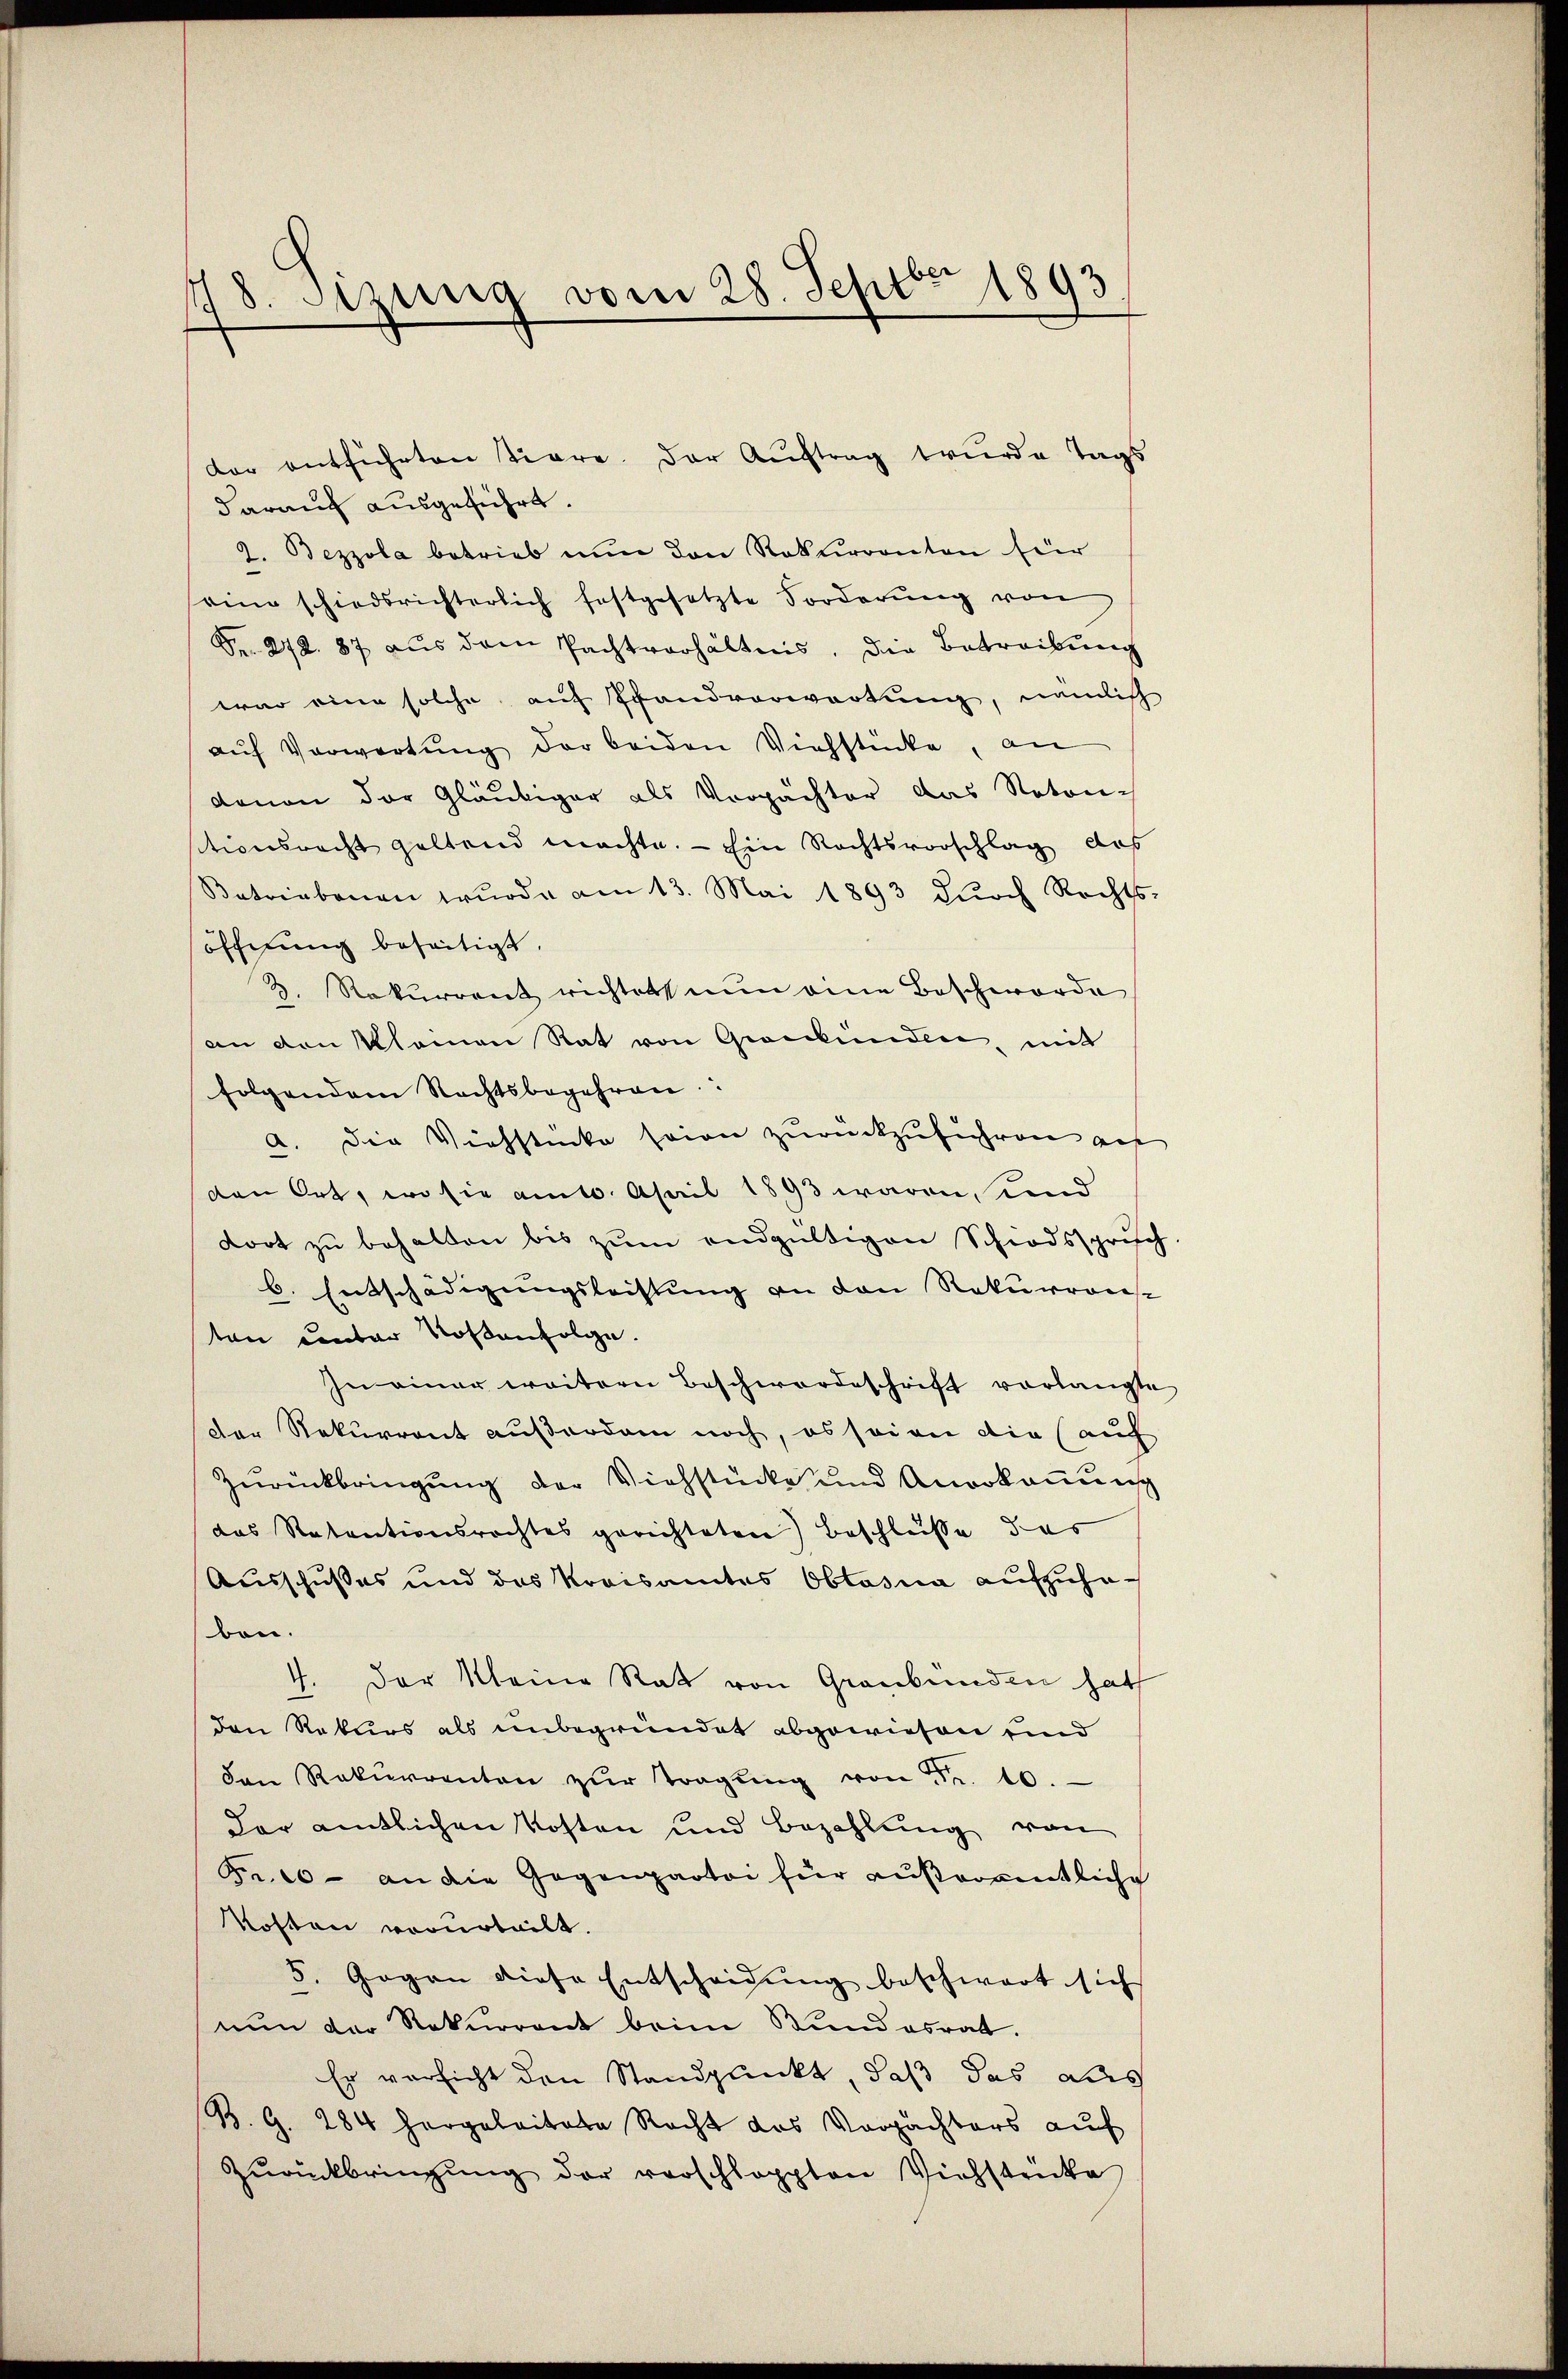
178. Sizung vom 28. Septbr 1893

darauf ausgeführt.
2. Bezzola betrieb nun den Rekurrenten für
seine schiedsrichterlich festgesetzte Forderŭng von
Fr. 272. 87 aus dem Pachtverhältnis. Die Betreibung
war eine solche auf Pfandvorwartung, nämlich
aŭf Vorwortŭng der beiden Viehstücke, an
davon der Gläubiger als Verpächter das Noton-
sitionsrecht geltend machte. — Ein Rechtsvorschlag, das
Batriebenen wŭrde am 13. Mai 1893 dŭrch Rechts-
öffnung beseitigt.
2. Rekurrent richtet nun eine Beschworde
an den Klamen Rat von Gionkünden mit
folgendem Rechtsbegehren:
a. Die Viehstücke seien zurückzuführen auf
den Ort, wo sie am 10. April 1893 waren, und
dort zu behalten bis zum endgültigen Schiedsspruch
b. Entschädigungsleistung an den Rekurrens
ten unter Kostenfolge.
In einer weitern Beschwerdeschrift vorlangte
der Rekurrent außerdam noch, es seien die (auf
Zurückbringung der Viehstücke und Anorkommeng
das Ratentionsrechtes gerichteten Beschlüsse das
Ausschußes und das Kreisamtes Obtasna aufzuheben.
4. Der Meine Rat von Graubünden hat
den Rekurs als unbegründet abgewiesen und
den Rekurrenten zŭr Tragŭng von 5. 10.
der amtlichen Kosten und Bezahlung von
Fr. 10 - an die Gegenpartei für ausrosentliche
Kosten vorurteilt.
5. Gegen diese Entscheidung beschwart sich
nun der Rekurrent beim Bundesrat.
Er versicht den Standpunkt, daß das als
B. G. 284 hergeleitete Recht das Verpächters aŭf
Zŭrückbringŭng der verschlappten Viehstricke

der entführten Tiere. Der Auftrag wurde Tags